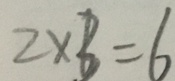
2 \times 3 = 6